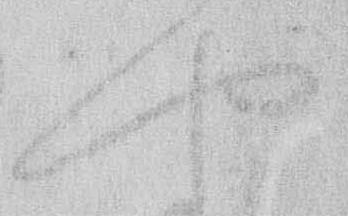
や